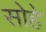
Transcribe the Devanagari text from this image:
सोहे